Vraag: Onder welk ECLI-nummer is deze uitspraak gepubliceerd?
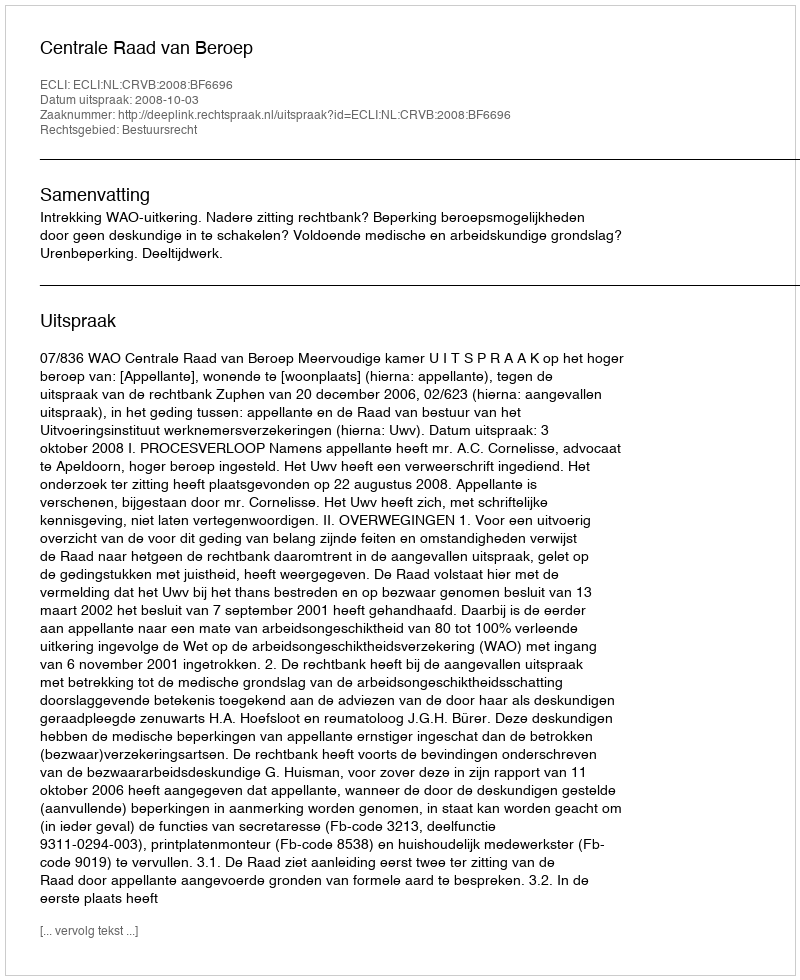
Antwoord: ECLI:NL:CRVB:2008:BF6696